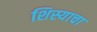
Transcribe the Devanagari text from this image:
शिस्याचा